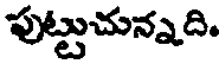
పుట్టుచున్నది.